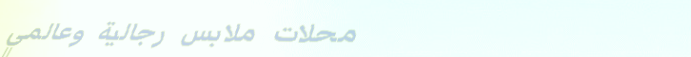
محلات ملابس رجالية وعالمي